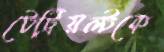
টেট্রিয়ল্টকে